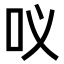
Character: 𭇀